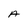
Character: A